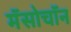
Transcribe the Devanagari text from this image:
मॅसोचॉन